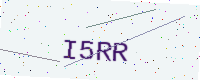
Text: I5RR